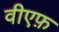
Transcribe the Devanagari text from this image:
वीएफ़